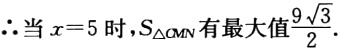
$\therefore 当x = 5时,S_{\triangle  CMN}有最大值\frac{9\sqrt{3}}{2}.$